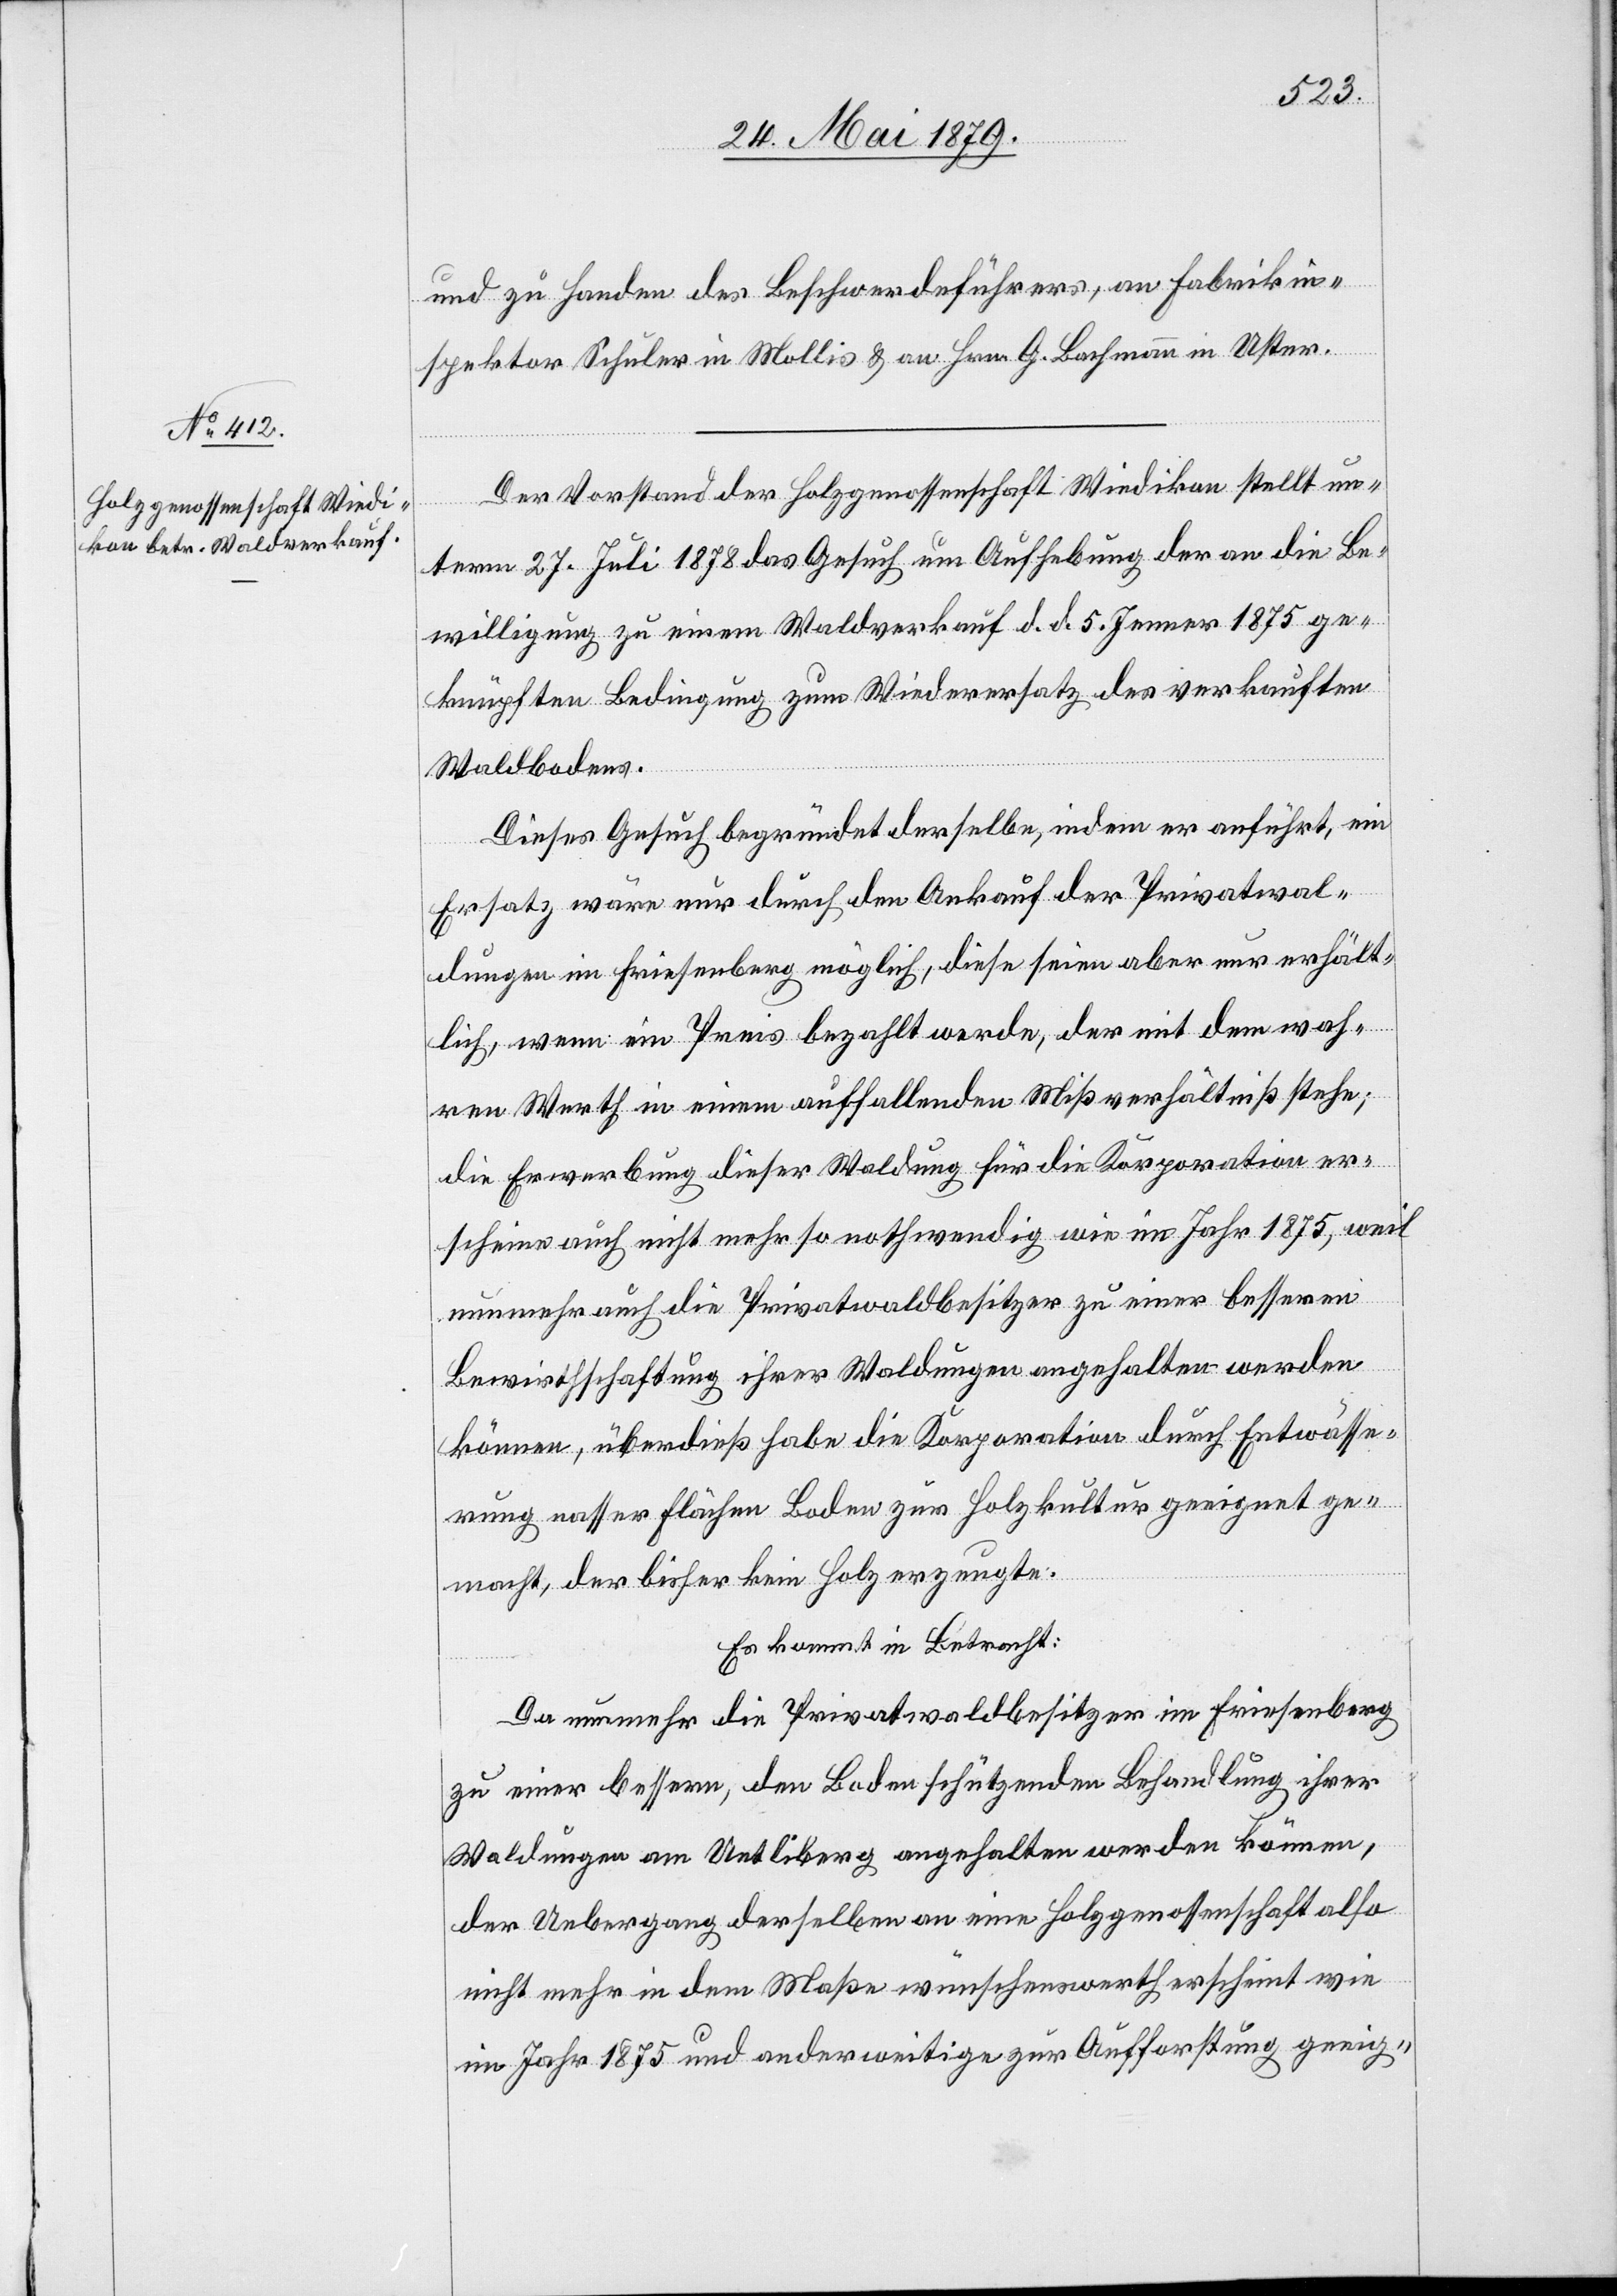
und zu Handen des Beschwerdeführers, an Fabrikin¬
spektor Schuler in Mollis & an Hrn. G. Bachmann in Uster.
Der Vorstand der Holzgenossenschaft Wiedikon stellt un¬
term 27. Juli 1878 das Gesuch um Aufhebung der an die Be¬
willigung zu einem Waldverkauf d. d. 5. Jenner 1875 ge¬
knüpften Bedingung zum Wiederersatz des verkauften
Waldbodens.
Dieses Gesuch begründet derselbe, indem er anführt, ein
Ersatz wäre nur durch den Ankauf der Privatwal¬
dungen im Friesenberg möglich, diese seien aber nur erhält¬
lich, wenn ein Preis bezahlt werde, der mit dem wah¬
ren Werth in einem auffallenden Mißverhältniß stehe;
die Erwerbung dieser Waldung für die Korporation er¬
scheine auch nicht mehr so nothwendig wie im Jahr 1875, weil
nunmehr auch die Privatwaldbesitzer zu einer besseren
Bewirthschaftung ihrer Waldungen angehalten werden
können, überdieß habe die Korporation durch Entwässe¬
rung nasser Flächen Boden zur Holzkultur geeignet ge¬
macht, der bisher kein Holz erzeugte.
Es kommt in Betracht:
Da nunmehr die Privatwaldbesitzer im Friesenberg
zu einer bessern, den Boden schützenden Behandlung ihrer
Waldungen am Uetliberg angehalten werden können,
der Uebergang derselben an eine Holzgenossenschaft also
nicht mehr in dem Maße wünschenswerth erscheint wie
im Jahr 1875 und anderweitige zur Aufforstung geeig-